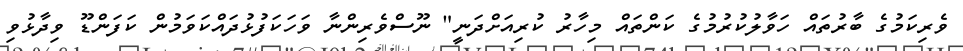
ވެރިކަމުގެ ބާރުތައް ހަވާލުކުރުމުގެ ކަންތައް މިހާރު ކުރިއަށްދަނީ" ނޫސްވެރިންނާ ވަހަކަފުޅުދައްކަވަމުން ކަފަންޑޫ ވިދާޅުވި